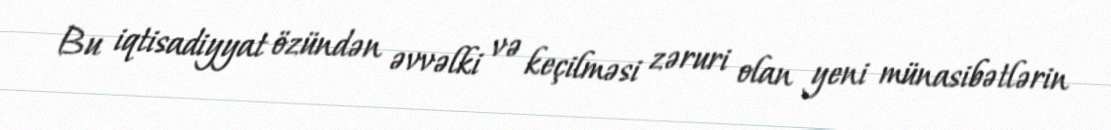
Bu iqtisadiyyat özündən əvvəlki və keçilməsi zəruri olan yeni münasibətlərin